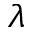
\lambda